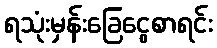
ရသုံးမှန်းခြေငွေစာရင်း